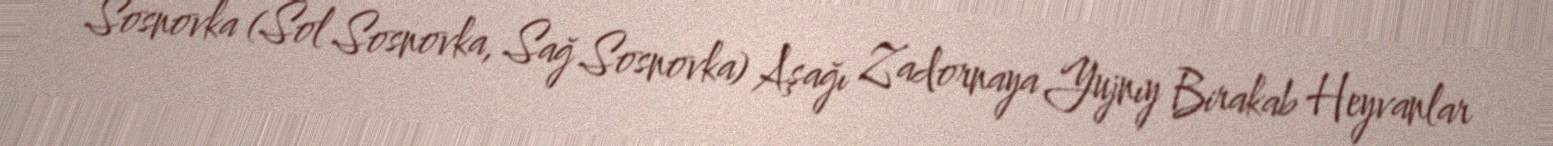
Sosnovka (Sol Sosnovka, Sağ Sosnovka) Aşağı Zadornaya Yujnıy Birakab Heyvanlar